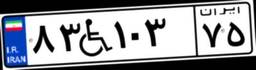
۸۳W۱۰۳۷۵